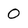
Character: 0